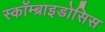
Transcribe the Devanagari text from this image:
स्कॉम्ब्राइडोसिस